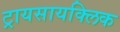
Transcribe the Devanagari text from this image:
ट्रायसायक्लिक